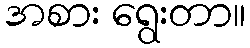
အစား ရွေးတာ။